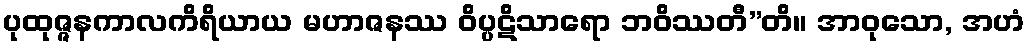
ပုထုဇ္ဇနကာလကိရိယာယ မဟာဇနဿ ဝိပ္ပဋိသာရော ဘဝိဿတီ”တိ။ အာဝုသော, အဟံ